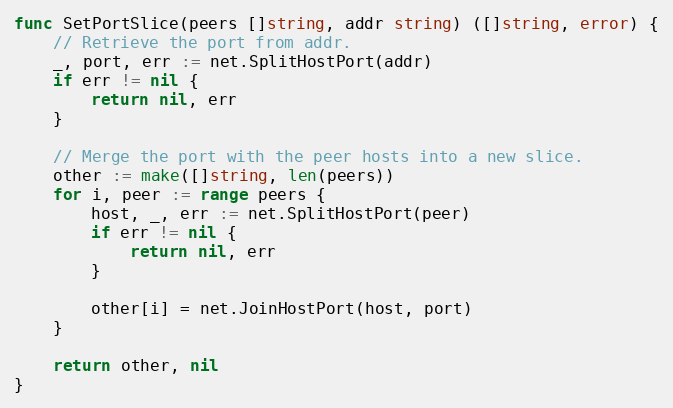
Language: Go
func SetPortSlice(peers []string, addr string) ([]string, error) {
	// Retrieve the port from addr.
	_, port, err := net.SplitHostPort(addr)
	if err != nil {
		return nil, err
	}

	// Merge the port with the peer hosts into a new slice.
	other := make([]string, len(peers))
	for i, peer := range peers {
		host, _, err := net.SplitHostPort(peer)
		if err != nil {
			return nil, err
		}

		other[i] = net.JoinHostPort(host, port)
	}

	return other, nil
}